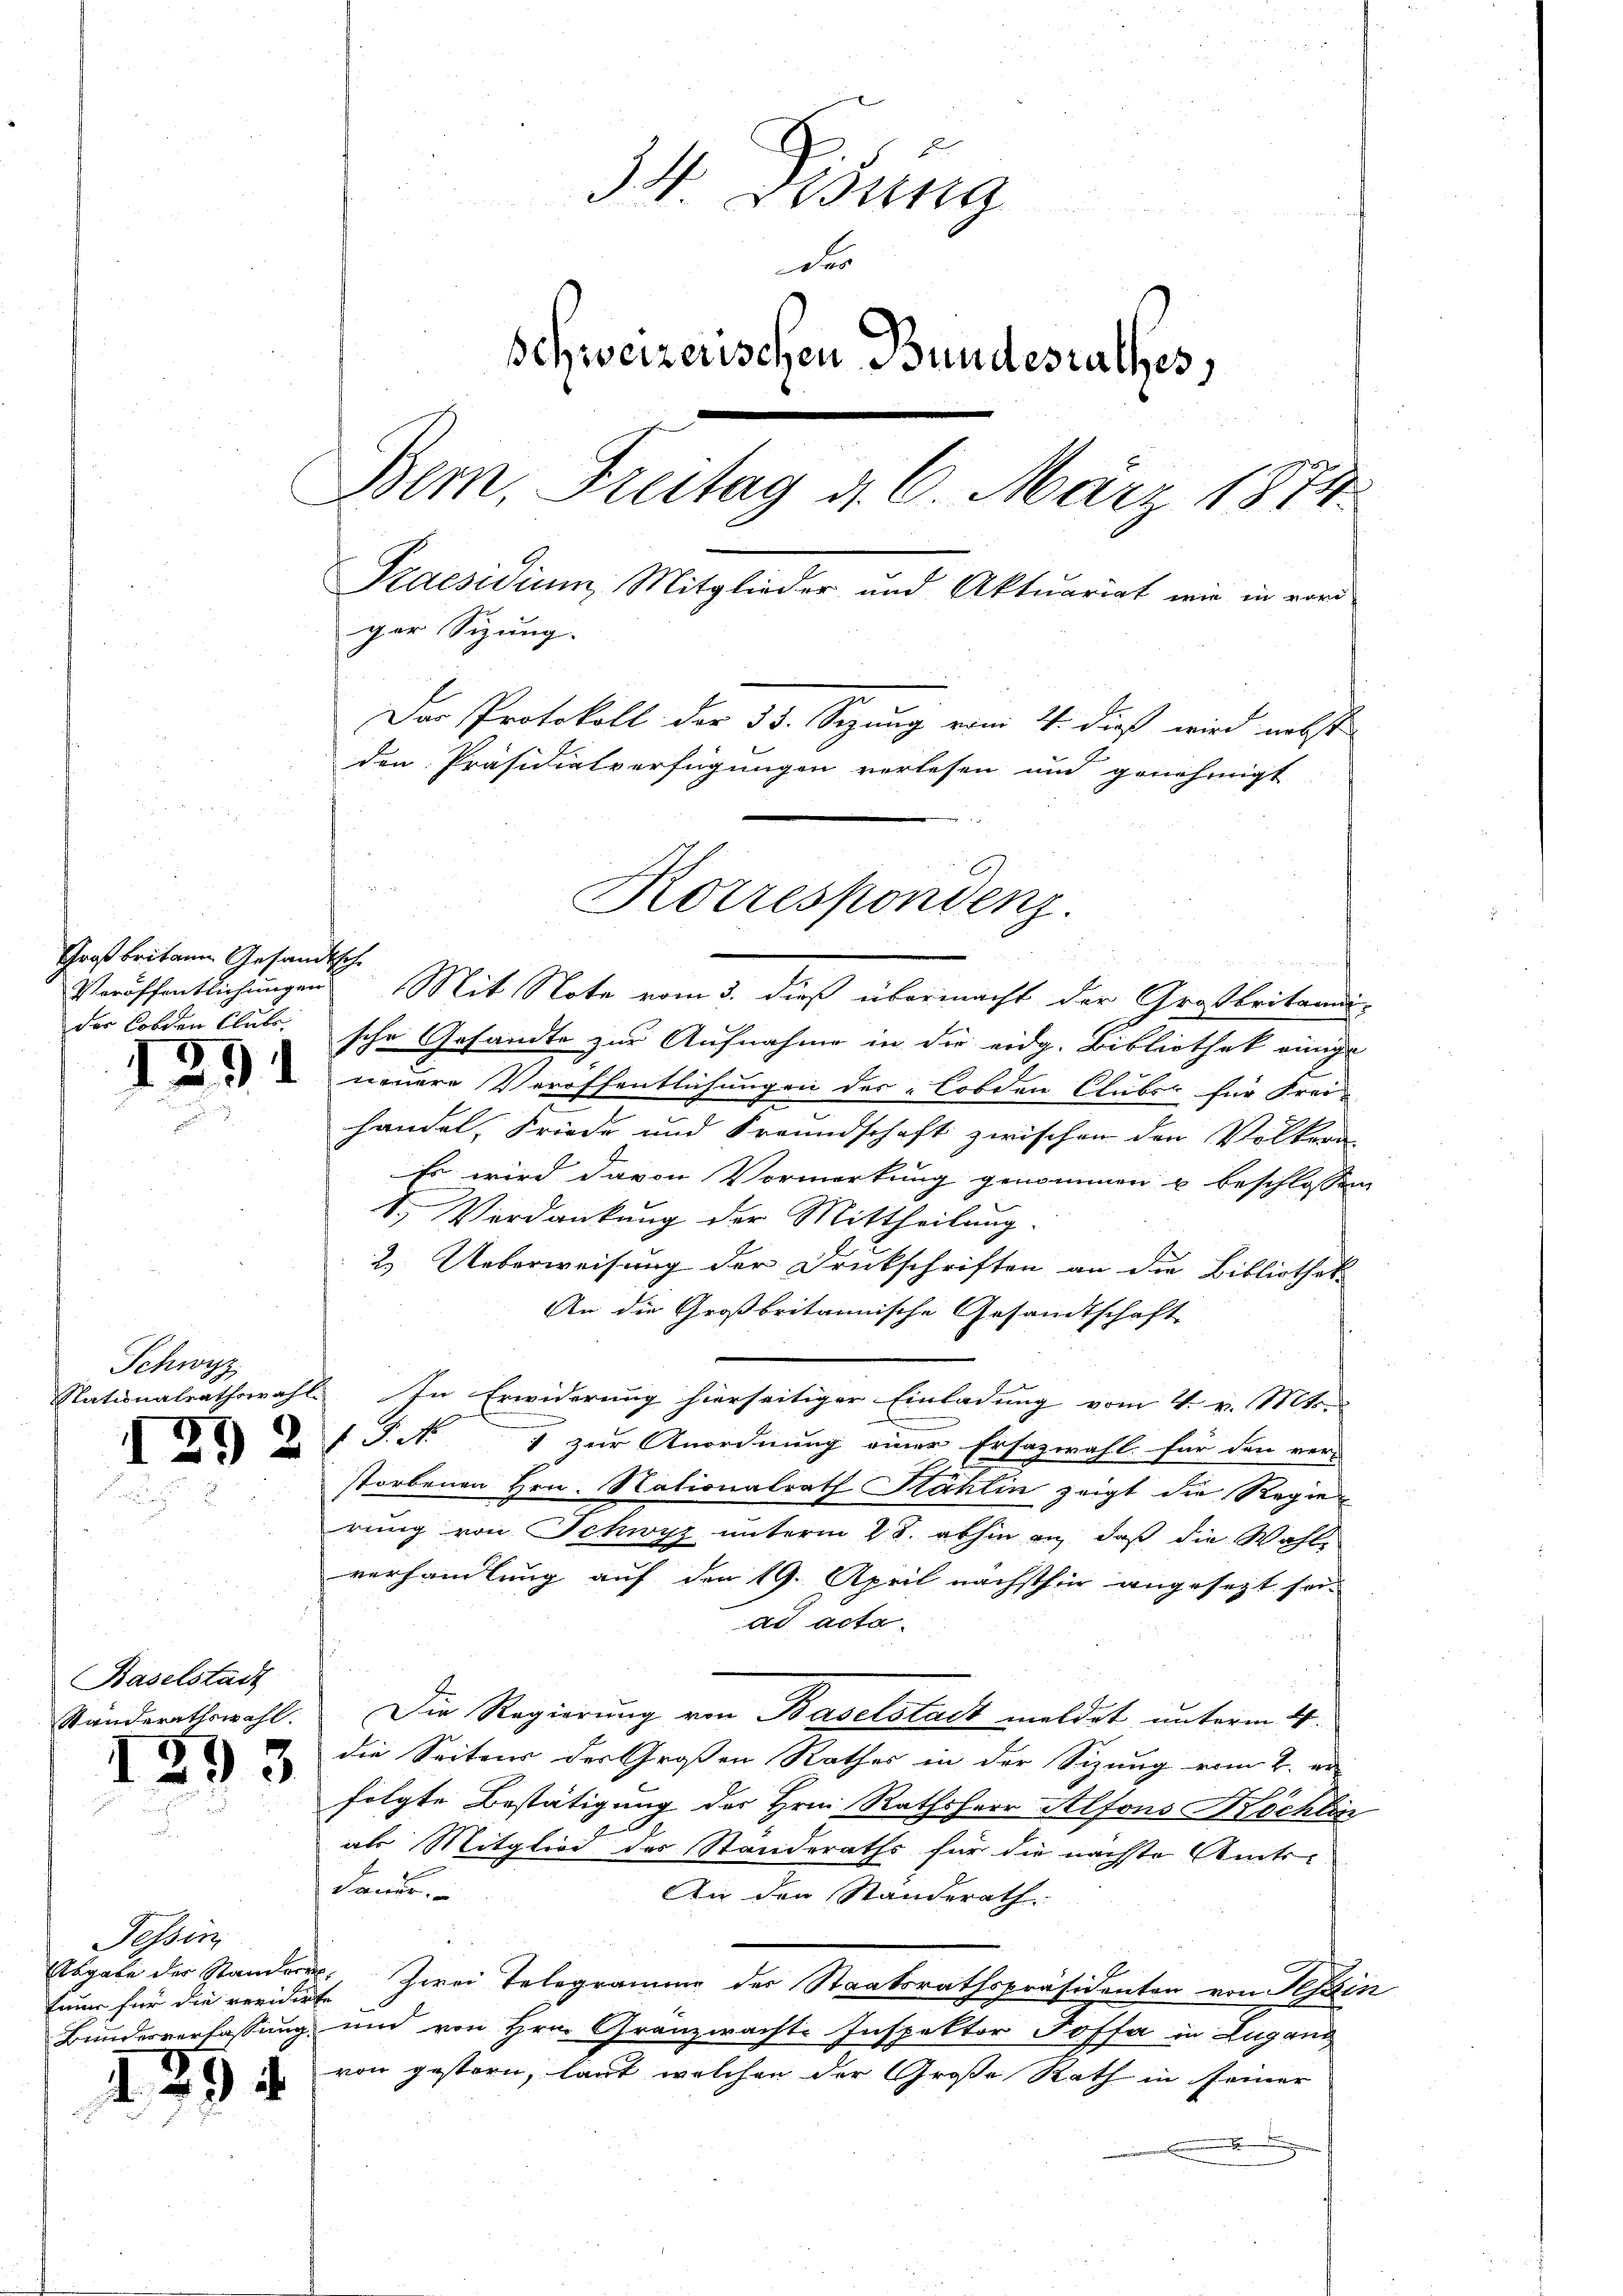
Großbritann Gesandtsch
der Corden Blute

Schwyz

Baselstadt

1293

Tessin
Enur für die veriderte

1894

34. Disung
des
Schweizerischen Bundesrathes,
Bem. Freitag d. 6. März 1874.
Praesidium, Mitglieder und Aktuariat wie in vori
ger Sizung.
Der Protokoll der 35. Sezung vom 4. dieß wird nebst
den Präsidialverfügungen verlesen und genehmigt

Veröffentlichungen Mit Note vom 3. dieß übermacht der Großbritaaus-
sche Gesandte zur Aufnahme in die eidg. Bibliothek einige
 2 neuere Veröffentlichungen der „lobden Clubes für Freihandel, Friede und Freundschaft zwischen den Volker-
Es wird davon Vormerkung genommen u beschlossen
Verdankung der Mittheilung.
2. Ueberweisung der Druckschriften an die Bibliothek
An die Großbritannische Gesandtschaft
Nationalrathswahl. In Erwiderung hierseitiger Einladung vom 4. v. Mts.
 P. Nr. 9 zur Anordnung einer Ersatzwahl für den ver-
storbenen Hrn. Nationalrath Stählin zeigt die Regie
rung von Schwyz unterm 28. abhin an, daß die Wahle
verhandlung auf den 19. April nächsthin angesezt sei.
ad acta.
Standerathswahl. Die Regierung von Baselstadt meldet unterm 4.
die Seitens der Großen Rathes in der Sizung vom 2. ve
folgte Bestätigung des Hrn. Rathsherr Alfons Köchlin
als Mitglied der Standeraths für die nächste Amts-
dauer.
An den Standerath
Abgabe der Standern. Zwei Telegramme der Staatsrathspräsidenten von Tessin
Bundesverfassung und von Hrn. Gränzwachte Inspektor Joffa in Lugang
von gestern, laut welchen der Große Rath in seiner
.

Korrespondenz.